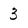
Character: 3